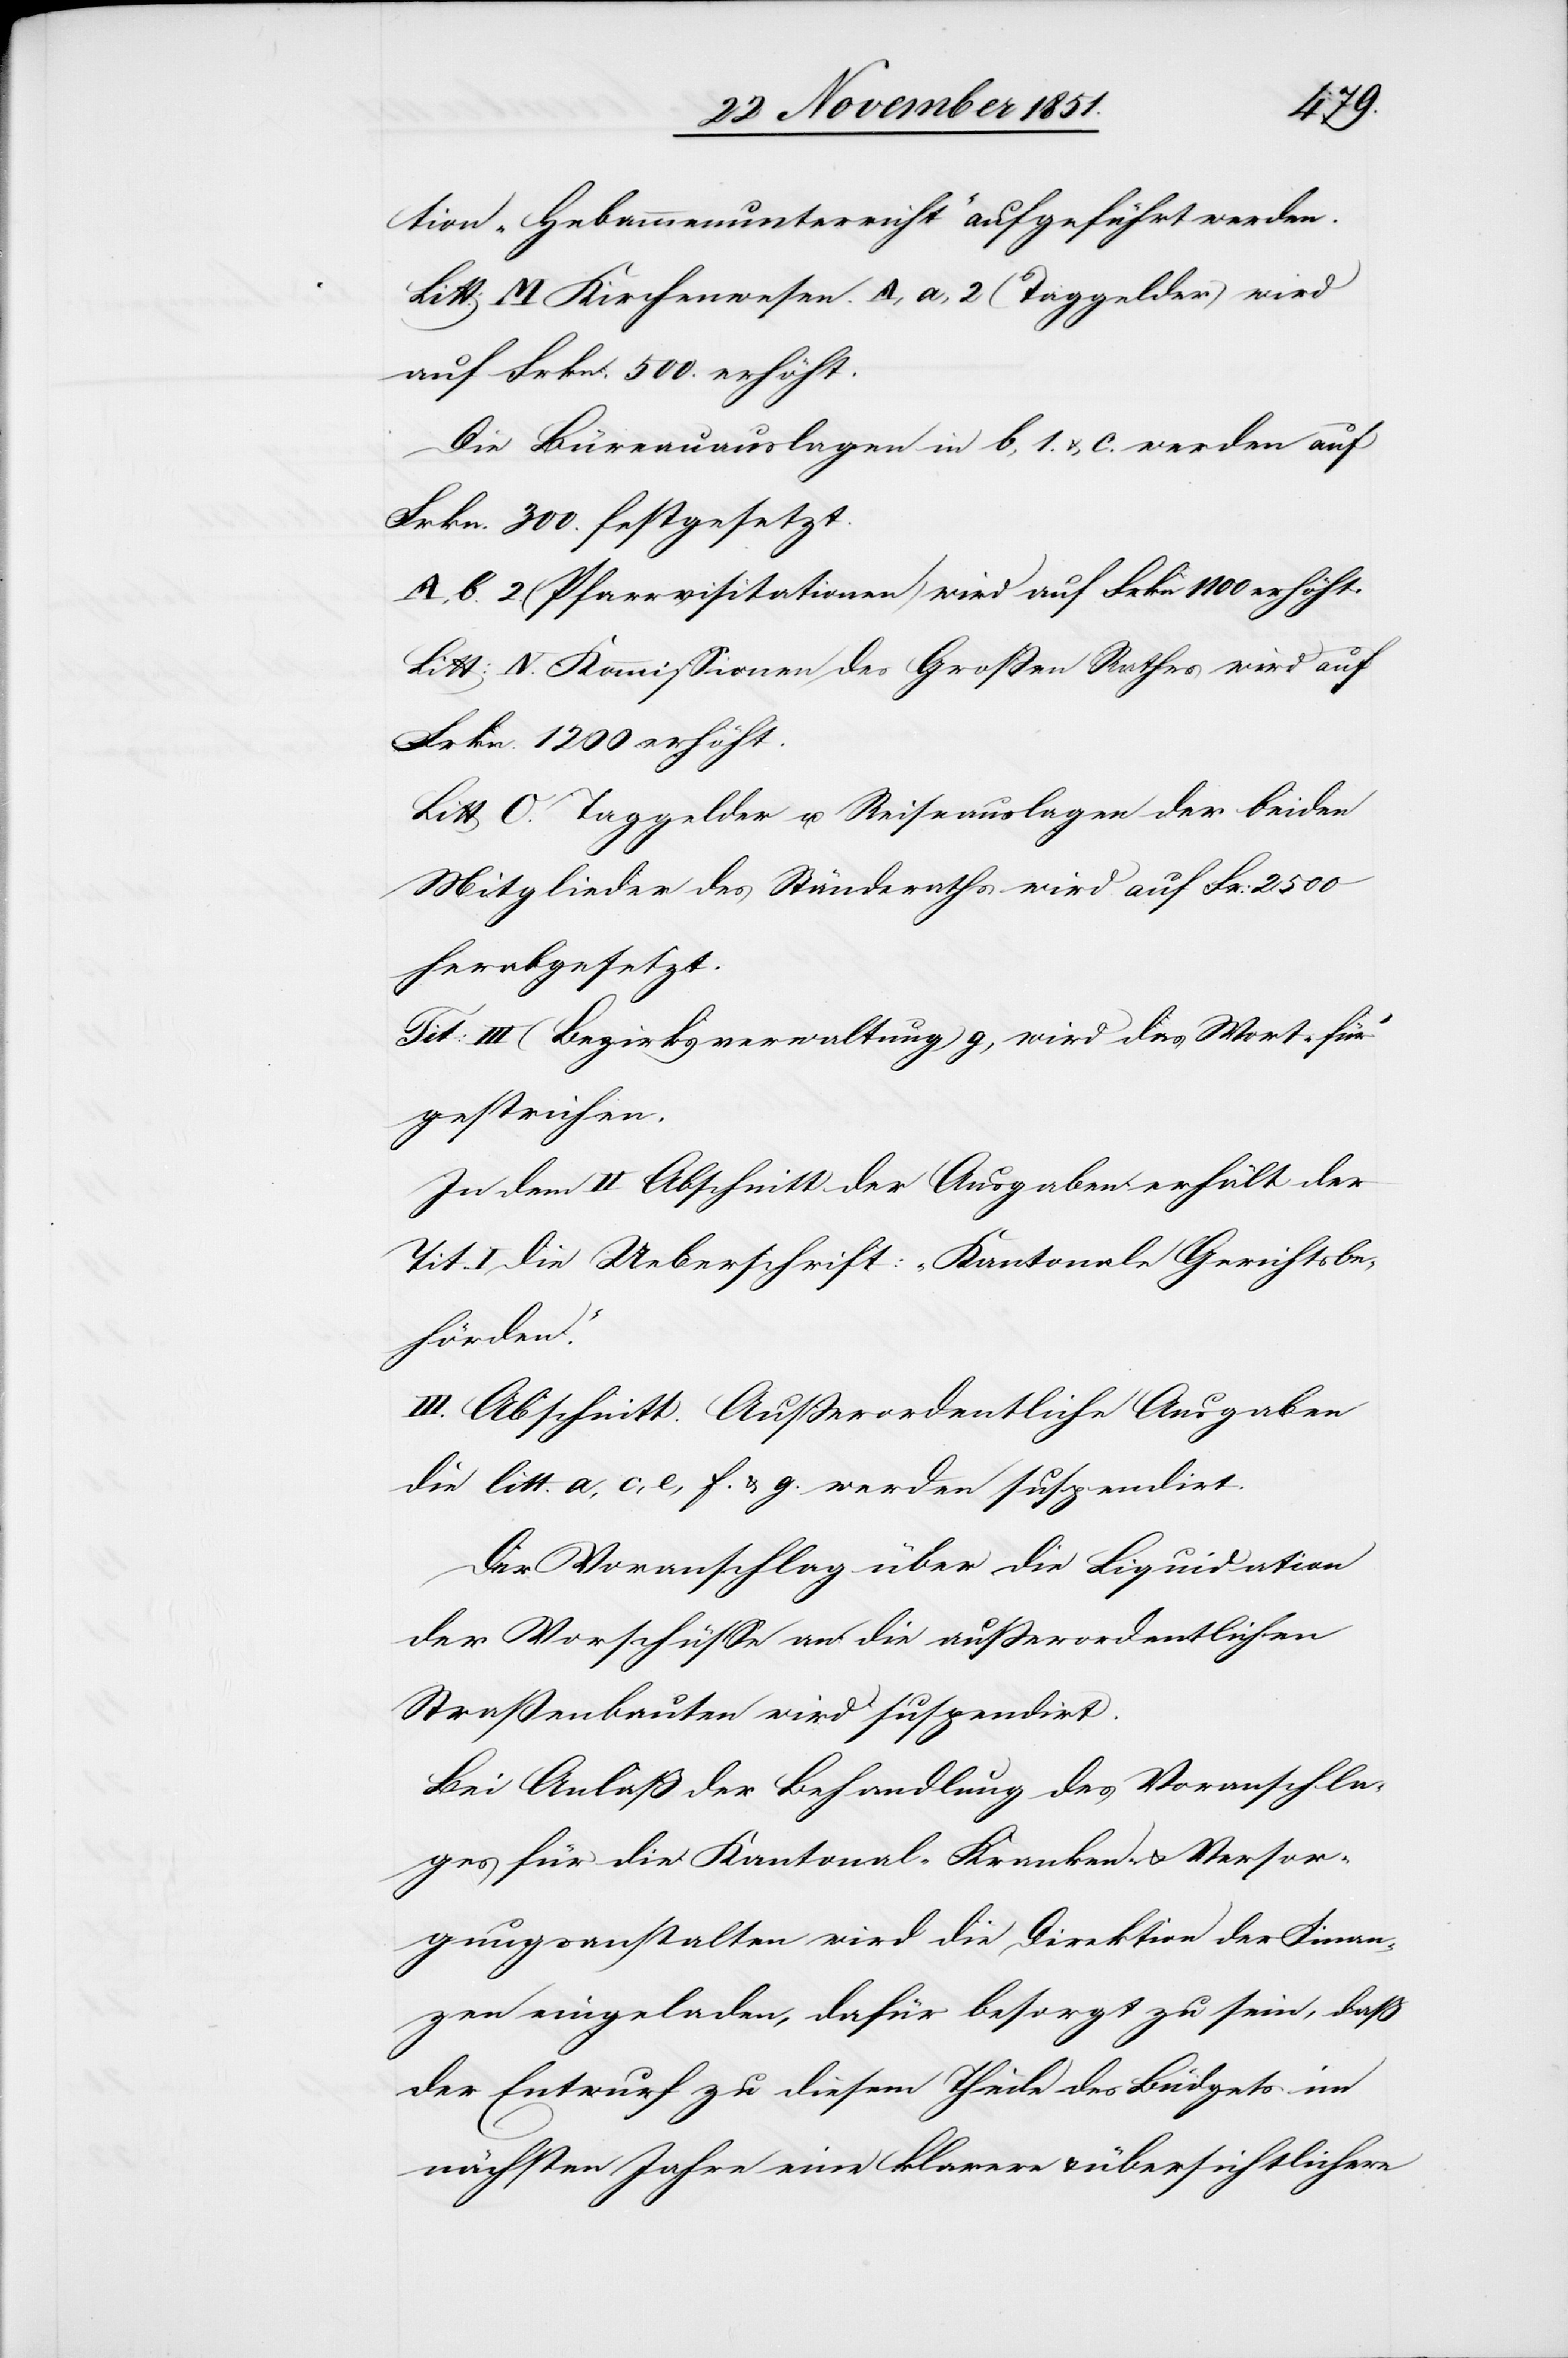
tion „Hebammenunterricht“ aufgeführt werden.
Litt: M Kirchenwesen. A, a, 2 (Taggelder) wird
auf Frkn. 500. erhöht.
Die Büreauauslagen in b, 1. & c. werden auf
Frkn. 300. festgesetzt.
A, b. 2. (Pfarrvisitationen) wird auf Frkn 1100 erhöht.
Litt: N. Kommissionen des Großen Rathes wird auf
Frkn. 1200 erhöht.
Litt O. Taggelder u. Reiseauslagen der beiden
Mitglieder des Ständeraths wird auf Fr: 2500
herabgesetzt.
Tit: III (Bezirksverwaltung) g, wird das Wort „für“
gestrichen.
In dem II Abschnitt der Ausgaben erhält der
Tit. I die Ueberschrift: „Kantonale Gerichtsbe¬
hörden.“
III. Abschnitt. Außerordentliche Ausgaben
die litt. a, c, e, f. & g. werden suspendirt.
Der Voranschlag über die Liquidation
der Vorschüsse an die außerordentlichen
Straßenbauten wird suspendirt.
Bei Anlaß der Behandlung des Voranschla¬
ges für die Kantonal-Kranken- & Versor¬
gungsanstalten wird die Direktion der Finan¬
zen eingeladen, dafür besorgt zu sein, daß
der Entwurf zu diesem Theile des Büdgets im
nächsten Jahre eine klarere & übersichtlichere